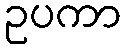
ဥပကာ